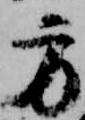
方